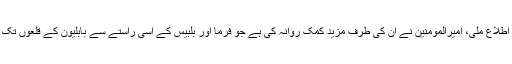
اسی اثنا میں حضرت عمرو بن عاص کو اطلاع ملی، امیرالمومنین نے ان کی طرف مزید کمک روانہ کی ہے جو فرما اور بلبیس کے اسی راستے سے بابلیون کے قلعوں تک پہنچے گی جہاں سے وہ خود آئے تھے ۔